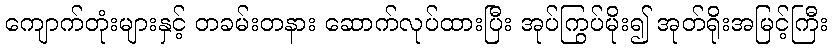
ကျောက်တုံးများနှင့် တခမ်းတနား ဆောက်လုပ်ထားပြီး အုပ်ကြွပ်မိုး၍ အုတ်ရိုးအမြင့်ကြီး